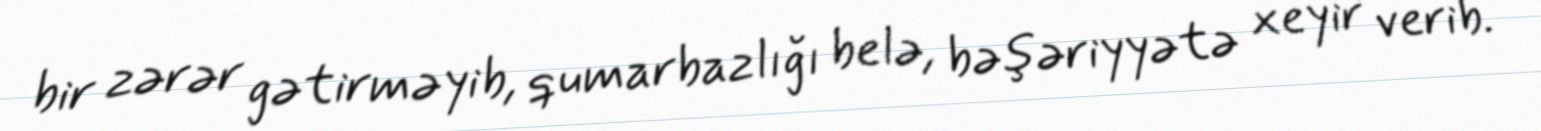
bir zərər gətirməyib, qumarbazlığı belə, bəşəriyyətə xeyir verib.